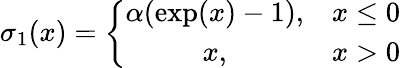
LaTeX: \sigma_{1}(x)=\left\{ \begin{array}{cc}{\alpha(\exp(x)-1),}&{x\leq 0}\\ {x,}&{x>0}\end{array}\right.